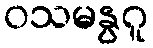
ဝသမနွဂူ